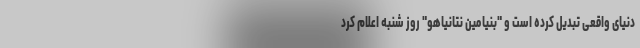
دنیای واقعی تبدیل کرده است و "بنیامین نتانیاهو" روز شنبه اعلام کرد